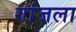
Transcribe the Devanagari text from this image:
गांजला